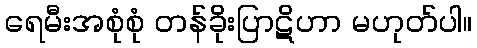
ရေမီးအစုံစုံ တန်ခိုးပြာဋိဟာ မဟုတ်ပါ။